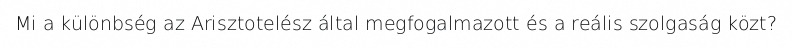
Mi a különbség az Arisztotelész által megfogalmazott és a reális szolgaság közt?